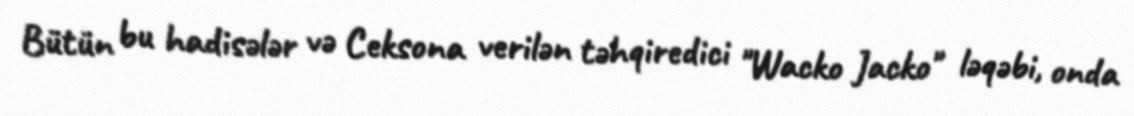
Bütün bu hadisələr və Ceksona verilən təhqiredici "Wacko Jacko" ləqəbi, onda